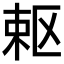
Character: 𭪈